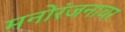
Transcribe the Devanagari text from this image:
मनोरंजनावर